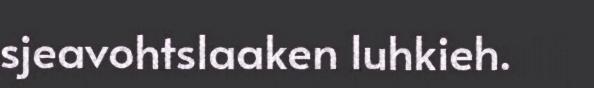
sjeavohtslaaken luhkieh.